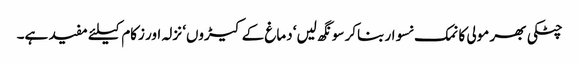
چٹکی بھر مولی کا نمک نسوار بناکر سونگھ لیں‘ دماغ کے کیڑوں‘ نزلہ اور زکام کیلئے مفید ہے۔